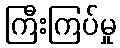
ကြီးကြပ်မှု